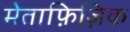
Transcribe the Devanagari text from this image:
मेताफ़िज़िक